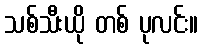
သစ်သီးယို တစ် ပုလင်း။